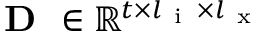
\textbf { D } \in \mathbb { R } ^ { t \times l _ { \mathrm { ~ i ~ } } \times l _ { \mathrm { ~ x ~ } } }